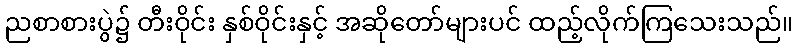
ညစာစားပွဲ၌ တီးဝိုင်း နှစ်ဝိုင်းနှင့် အဆိုတော်များပင် ထည့်လိုက်ကြသေးသည်။